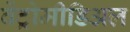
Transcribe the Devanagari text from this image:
वेंट्रोमीडिअल